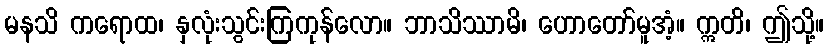
မနသိ ကရောထ၊ နှလုံးသွင်းကြကုန်လော။ ဘာသိဿာမိ၊ ဟောတော်မူအံ့။ ဣတိ၊ ဤသို့။